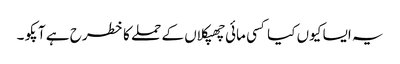
یہ ایسا کیوں کیا کسی مائی چھپکلاں کے حملے کا خطرح ہے آپکو ۔